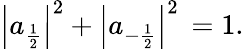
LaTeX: \left|a_{\frac{1}{2}}\right|^{2}+\left|a_{-{\frac{1}{2}}}\right|^{2}\, =1.